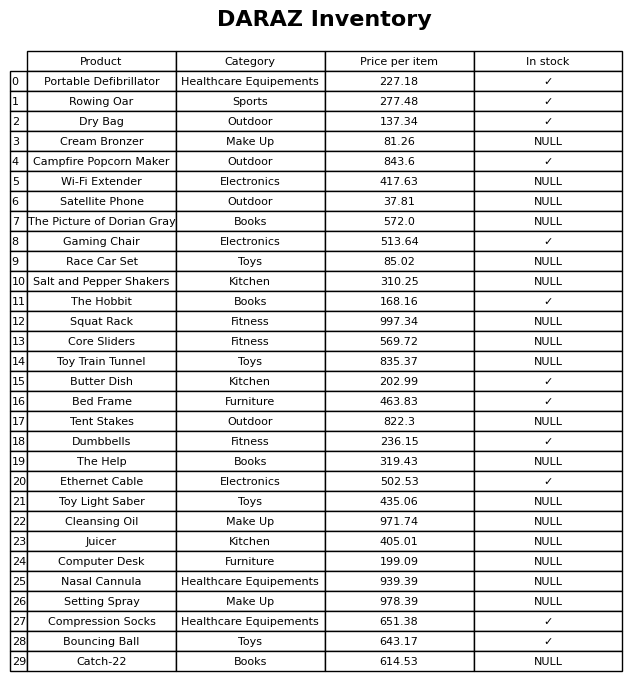
question: What is the price for Portable Defibrillator?
answer: The price of Portable Defibrillator is 227.18.